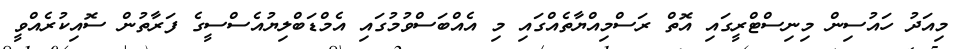
މިއަދު ހައުސިން މިނިސްޓްރީގައި އޮތް ރަސްމިއްޔާތެއްގައި މި އެއްބަސްވުމުގައި އެމްޑަބްލިޔުއެސްސީގެ ފަރާތުން ސޮއިކުރެއްވީ